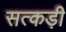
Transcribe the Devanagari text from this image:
सत्कड़ी